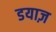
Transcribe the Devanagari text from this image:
डयाज़